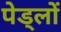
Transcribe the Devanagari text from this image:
पेड्लों